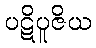
ပဋိပူဇိယ